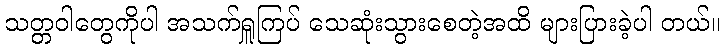
သတ္တဝါတွေကိုပါ အသက်ရှူကြပ် သေဆုံးသွားစေတဲ့အထိ များပြားခဲ့ပါ တယ်။